Ministerio: exteriores — Archivo: AGMAE-R39017
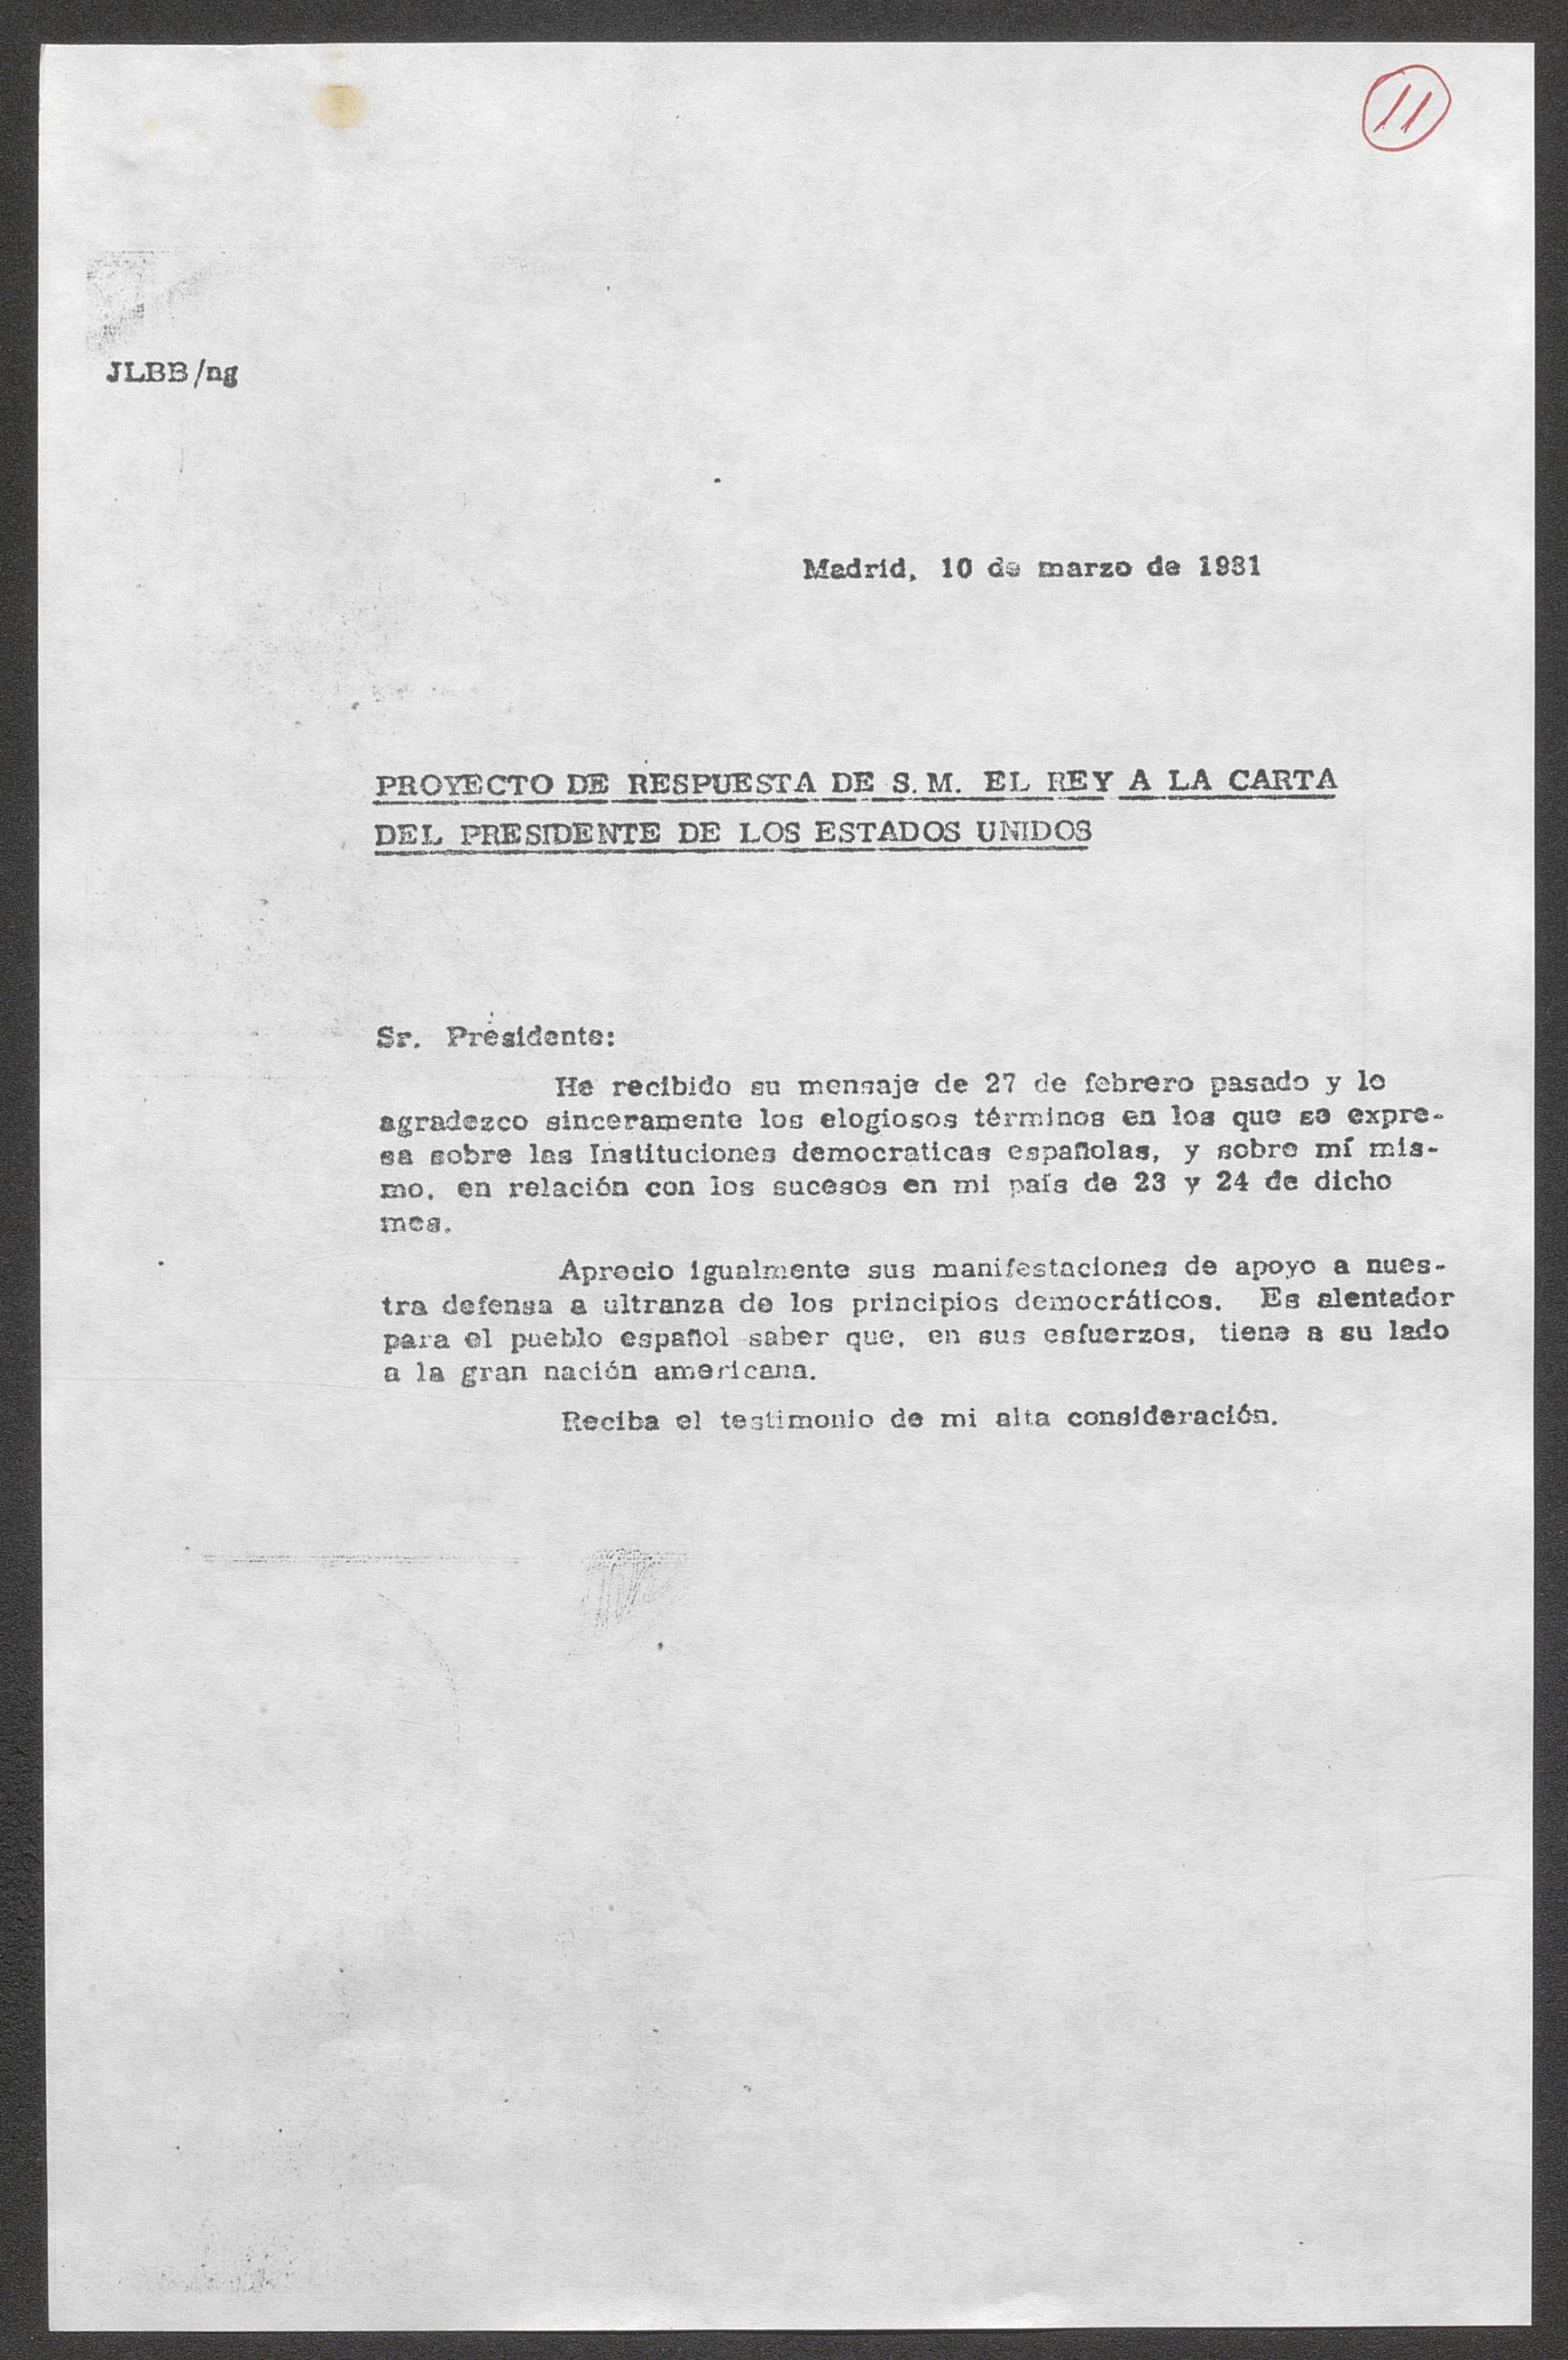
Madrid, 10 de marzo de 1981

PROYECTO DE RESPUESTA DE S. M. EL REY A LA CARTA
DEL PRESIDENTE DE LOS ESTADOS UNIDOS

Aprecio igualmente sus manifestaciones de apoyo a nue-
tra defensa a ultranza de los principios democráticos, y sobre mí misma,
en relación con los sucesos en mi país de 23 y 24 de diciembre.